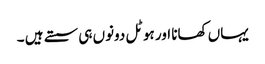
یہاں کھانا اور ہوٹل دونوں ہی سستے ہیں ۔